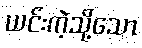
ယင်းကဲ့သို့သော